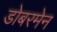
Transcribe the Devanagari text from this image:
डोबरमेन